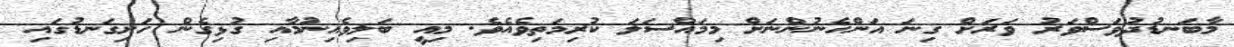
މާބަނޑުދުވަސްވަރު ވަރަށް ގިނަ އަންހެނުންނަށް މިމައްސަލަ ކުރިމަތިވެއެވެ. މިއީ ބަލިވެއިނުމާއި ގުޅިގެން ހަށިގަނޑުގައި